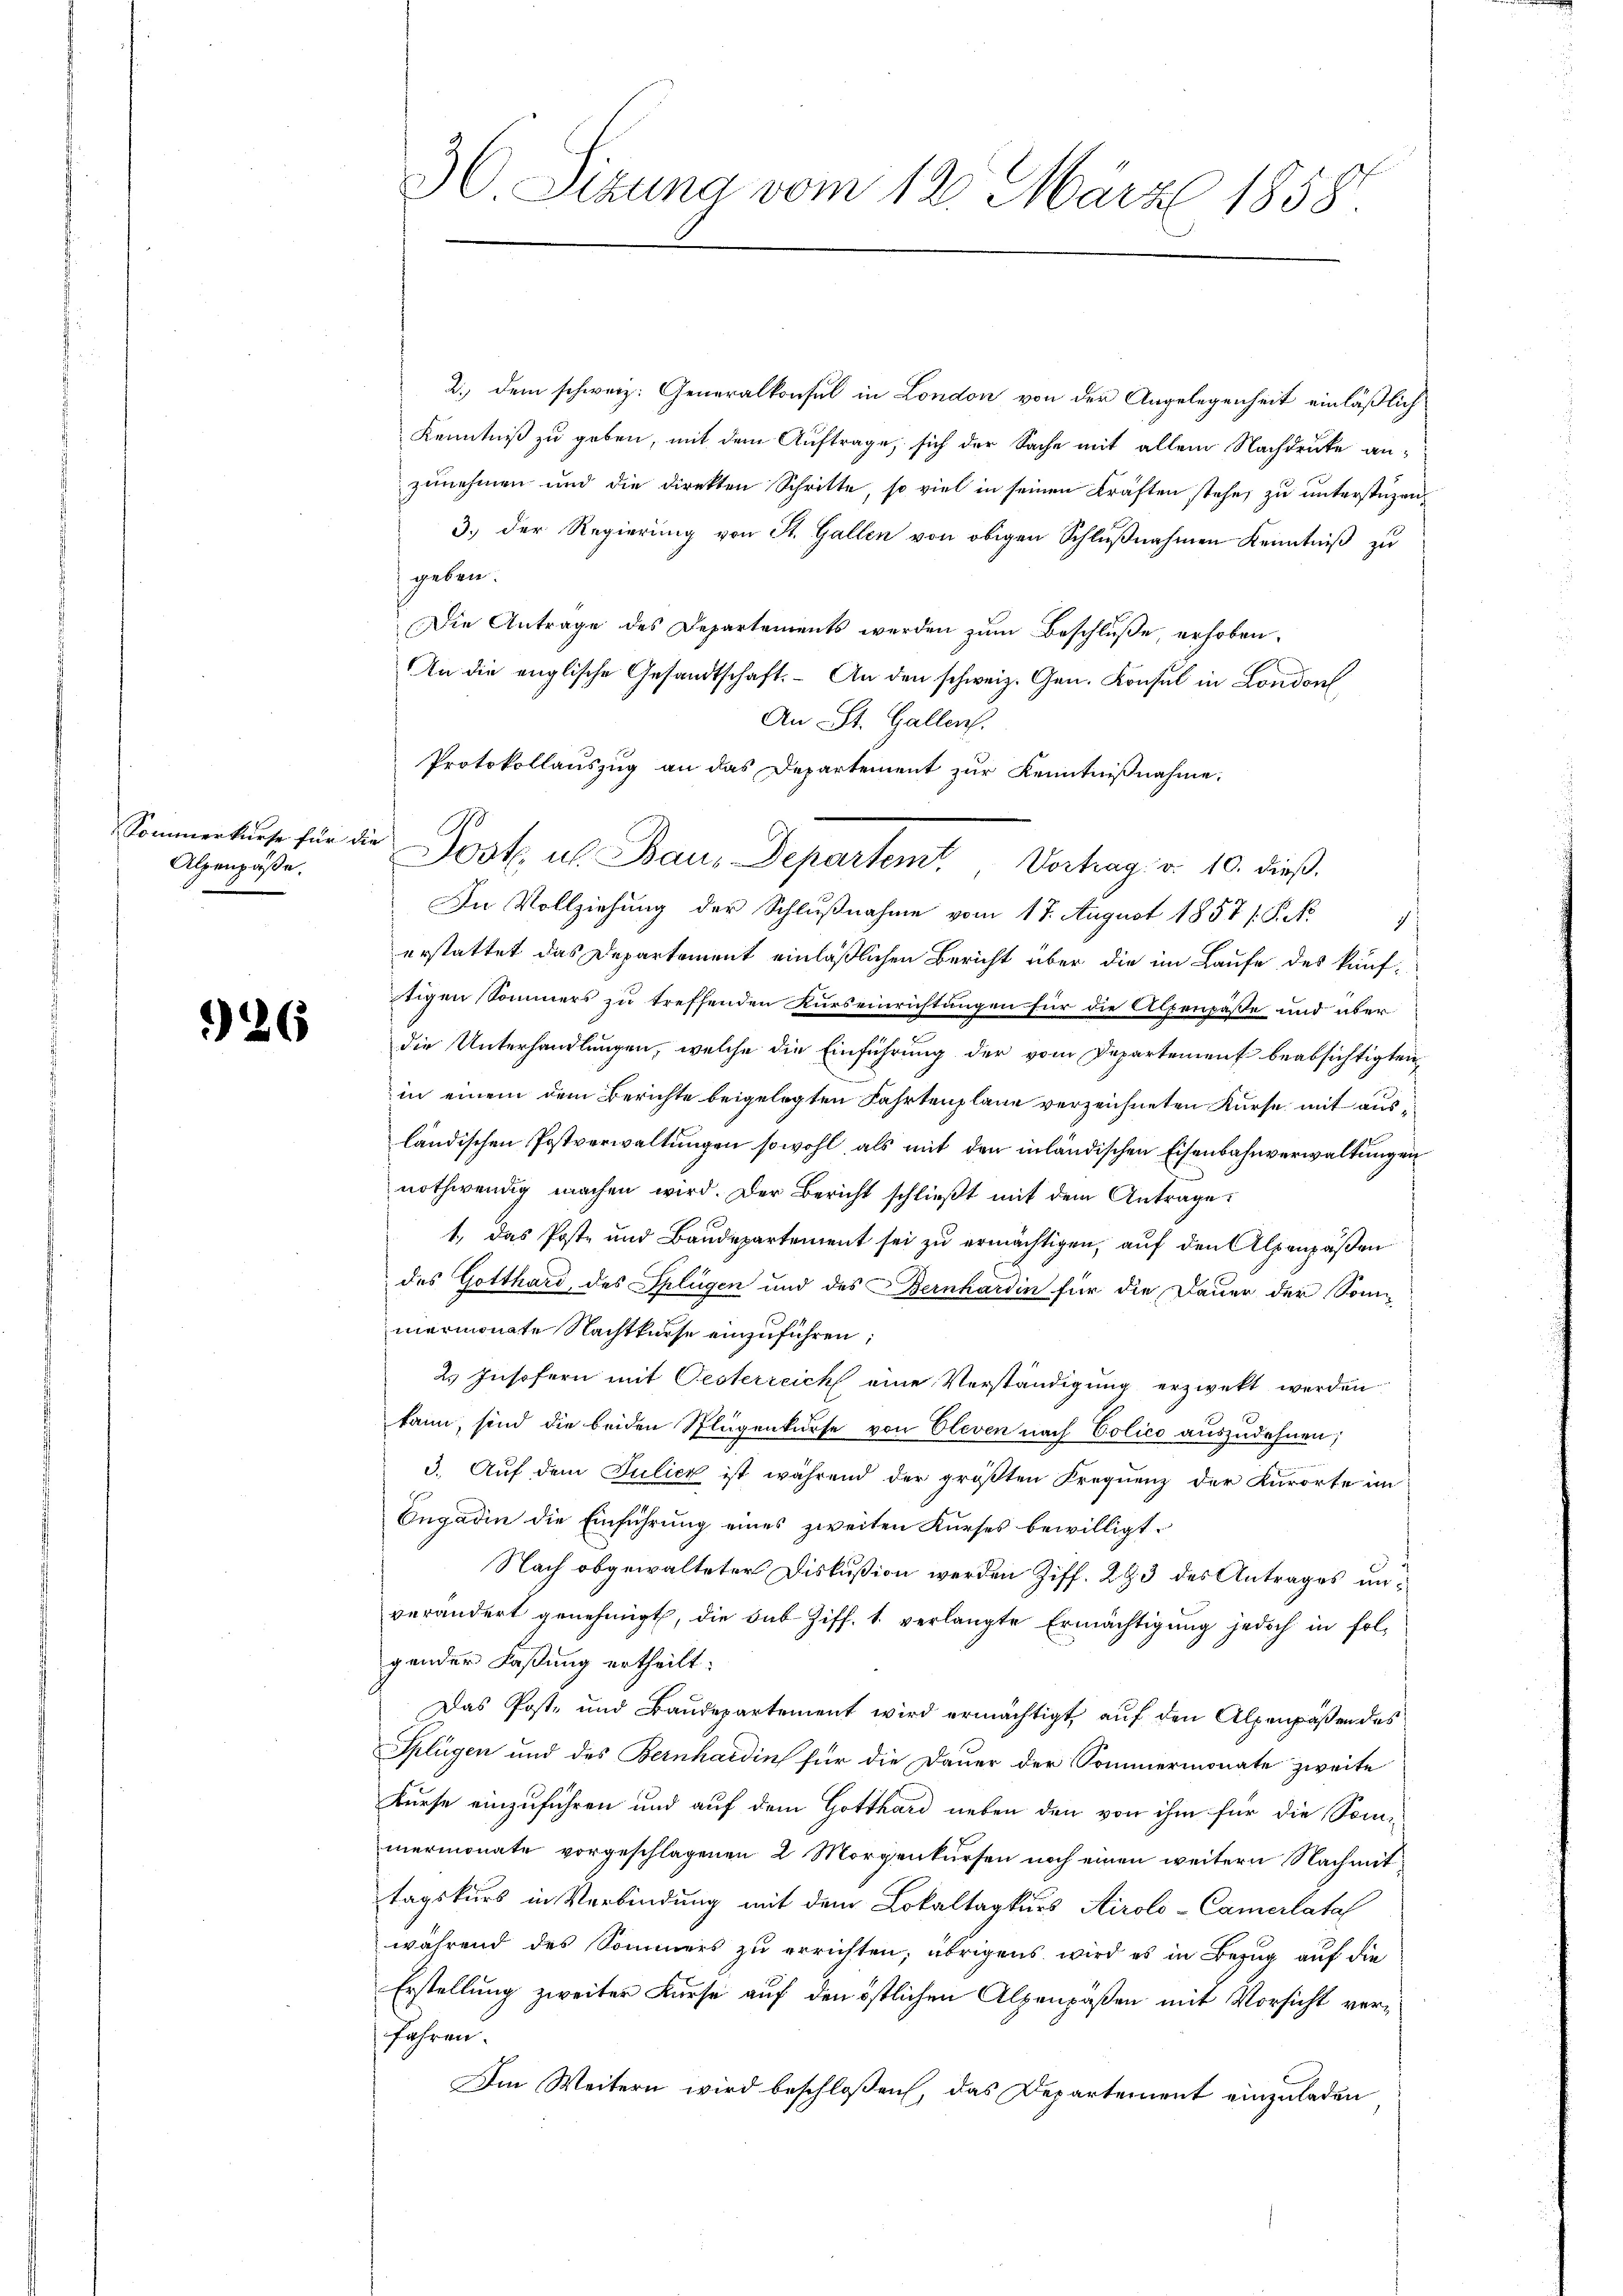
Sommerkurse für d
Alpenpäße.

26

36 Sizung vom 12. März 1858.

2.) Dem schweiz. Generalkonsul in London von der Angelegenheit einläßlich
Kenntniß zu geben, mit dem Auftrage, sich der Sache mit allem Nachdruke anzunehmen und die direkten Schritte, so viel in seinen Kräften stehe, zu unterstüzen
3.) Der Regierung von St. Gallen von obigen Schlußnahmen Kenntniß zu
geben.
Die Antrage des Departements werden zum Beschluße, erhoben.
An die englische Gesandtschaft. – An den schweiz. Gen. Konsul in London
An St. Gallen.
Protokollauszug an das Departement zur Kenntnißnahme.
ie
In Vollziehung der Schlußnahme vom 17. August 1857 (S.
erstattet das Departement einläßlichen Bericht über die im Laufe des kauftigen Sommers zu treffenden Kurseinrichtungen für die Alpenpässe und über
die Unterhandlungen, welche die Einführung der vom Departement beabsichtigten
in einem dem Berichte beigelegten Fahrtenplane verzeichneten Kurse mit ausländischen Postverwaltungen sowohl, als mit den inländischen Eisenbahnverwaltungen
nothwendig machen wird. Der Bericht schließt mit dem Antrage
1., das Poste und Baudepartement sei zu ermächtigen, auf den Alpenpäßen
des Gotthard, des Splügen und des Bernhardin für die Dauer der Sonnmermonate Nachtkurse einzuführen;
2. Insofern mit Oesterreich eine Verständigung erzweckt werden
kann, sind die beiden Splügenkurse von Cleven nach Colico auszudehnen;
3. Auf dem Julier ist während der größten Frequenz der Kurorte im
Engadin die Einführung eines zweiten Kurses bewilligt.
Nach obgewalteter Diskußion werden Ziff. 293 des Antrages unverändert genehmigt, die Sub Ziff. 1. verlangte Ermächtigung jedoch in folgender Faßung ertheilt:
Das Post- und Baudepartement wird ermächtigt, auf den Alpenpäßen des
Splügen und des Bernhardin für die Dauer der Sommermonate zweite
Kurse einzuführen und auf dem Gotthard neben den von ihm für die Sommermonate vorgeschlagenen 2 Morgenkursen noch einen weitern Nachmit
tagskurs in Verbindung mit dem Lokaltagkurs Airolo-Camerlataf
während des Sommers zu errichten; übrigens wird es in Bezug auf die
Erstellung zweiter Kurse auf den östlichen Alpenpäßen mit Vorsicht verfahren.
Im Weitern wird beschloßen, das Departement einzuladen

Post. u. Bau, Departemt, Vortrag v. 10. dieß.